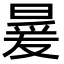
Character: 㬊